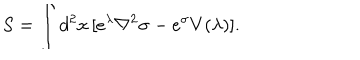
S = \int d ^ { 2 } x \, [ e ^ { \lambda } \nabla ^ { 2 } \sigma - e ^ { \sigma } V ( \lambda ) ] .